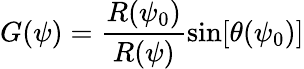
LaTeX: G(\psi)=\frac{R(\psi_{0})}{R(\psi)}\sin[\theta(\psi_{0})]